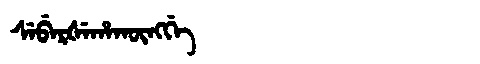
Manchu: ᠰᡝᠪᡝᡵᡧᡝᡥᠠᡴᡡᠩᡤᡝ
Romanization: SEBERŠEHAKŪNGGE